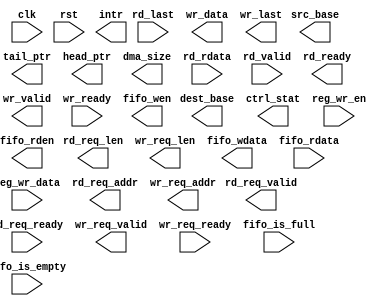
`timescale 1ns / 1ps
//////////////////////////////////////////////////////////////////////////////////
// Company: 
// 
// Design Name: 
// Module Name: dma_core
// Project Name: 
// Target Devices: 
// Tool Versions: 
// Description: 
// 
// Dependencies: 
// 
// Revision:
// Revision 0.01 - File Created
// Additional Comments:
// 
//////////////////////////////////////////////////////////////////////////////////


module engine_core #(
	parameter integer  DATA_WIDTH       = 32
)
(
	input    clk,
	input    rst,
	
	output [31:0]       src_base,
	output [31:0]       dest_base,
	output [31:0]       tail_ptr,
	output [31:0]       head_ptr,
	output [31:0]       dma_size,
	output [31:0]       ctrl_stat,

	input  [31:0]	    reg_wr_data,
	input  [ 5:0]       reg_wr_en,
  
	output              intr,
  
	output [31:0]       rd_req_addr,
	output [ 4:0]       rd_req_len,
	output              rd_req_valid,
	
	input               rd_req_ready,
	input  [31:0]       rd_rdata,
	input               rd_last,
	input               rd_valid,
	output              rd_ready,
	
	output [31:0]       wr_req_addr,
	output [ 4:0]       wr_req_len,
	output              wr_req_valid,
	input               wr_req_ready,
	output [31:0]       wr_data,
	output              wr_valid,
	input               wr_ready,
	output              wr_last,
	
	output              fifo_rden,
	output [31:0]       fifo_wdata,
	output              fifo_wen,
	
	input  [31:0]       fifo_rdata,
	input               fifo_is_empty,
	input               fifo_is_full
);
	// TODO: Please add your logic design here
  
endmodule